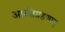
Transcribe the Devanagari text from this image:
अप्रतिग्रहणात्